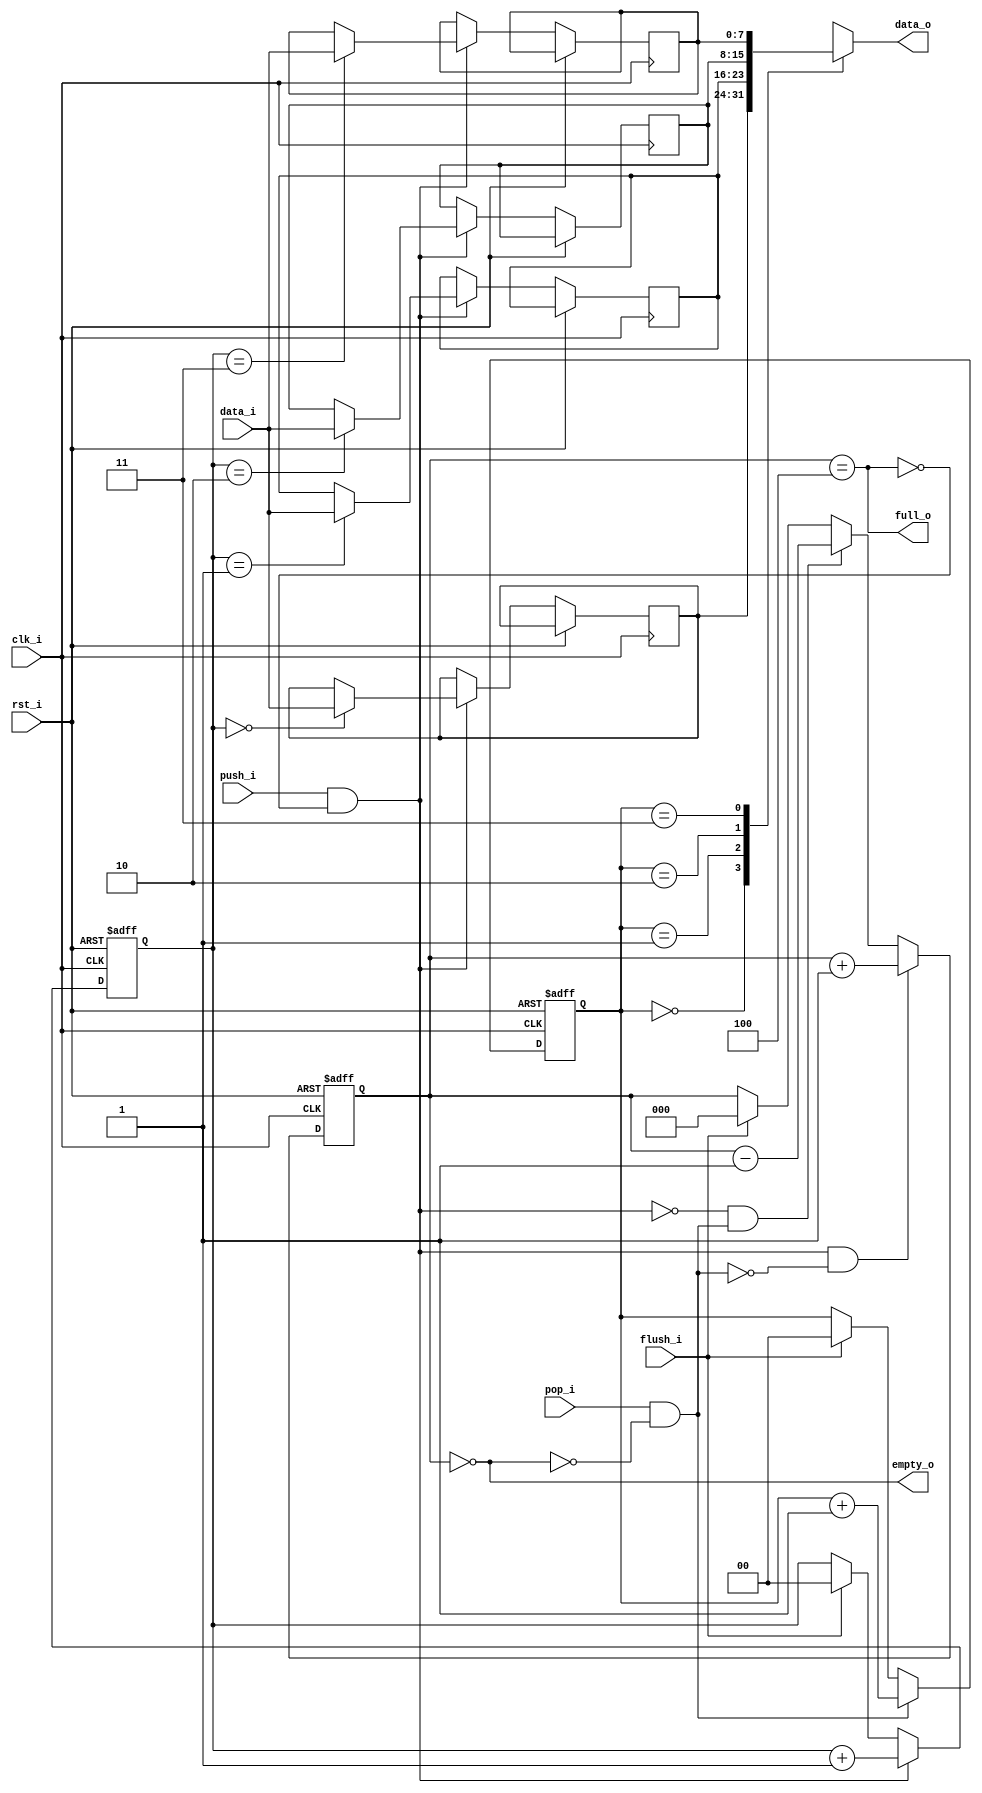
//-----------------------------------------------------------------
//                       USB Device Core
//                           V0.1
//                     Ultra-Embedded.com
//                       Copyright 2014
//
//
//                       License: LGPL
//-----------------------------------------------------------------
//
// Copyright (C) 2013 - 2014 Ultra-Embedded.com
//
// This source file may be used and distributed without         
// restriction provided that this copyright statement is not    
// removed from the file and that any derivative work contains  
// the original copyright notice and the associated disclaimer. 
//
// This source file is free software; you can redistribute it   
// and/or modify it under the terms of the GNU Lesser General   
// Public License as published by the Free Software Foundation; 
// either version 2.1 of the License, or (at your option) any   
// later version.
//
// This source is distributed in the hope that it will be       
// useful, but WITHOUT ANY WARRANTY; without even the implied   
// warranty of MERCHANTABILITY or FITNESS FOR A PARTICULAR      
// PURPOSE.  See the GNU Lesser General Public License for more 
// details.
//
// You should have received a copy of the GNU Lesser General    
// Public License along with this source; if not, write to the 
// Free Software Foundation, Inc., 59 Temple Place, Suite 330, 
// Boston, MA  02111-1307  USA
//-----------------------------------------------------------------

//-----------------------------------------------------------------
// Module: USB FIFO - simple FIFO
//-----------------------------------------------------------------
module usbf_fifo
(
    clk_i,
    rst_i,

    data_i,
    push_i,

    full_o,
    empty_o,

    data_o,
    pop_i,

    flush_i
);

//-----------------------------------------------------------------
// Params
//-----------------------------------------------------------------
parameter               WIDTH   = 8;
parameter               DEPTH   = 4;
parameter               ADDR_W  = 2;
parameter               COUNT_W = ADDR_W + 1;

//-----------------------------------------------------------------
// I/O
//-----------------------------------------------------------------
input                   clk_i /*verilator public*/;
input                   rst_i /*verilator public*/;
input [WIDTH-1:0]       data_i /*verilator public*/;
input                   push_i /*verilator public*/;
output                  full_o /*verilator public*/;
output                  empty_o /*verilator public*/;
output [WIDTH-1:0]      data_o /*verilator public*/;
input                   pop_i /*verilator public*/;
input                   flush_i /*verilator public*/;

//-----------------------------------------------------------------
// Registers
//-----------------------------------------------------------------
reg [WIDTH-1:0]         ram [DEPTH-1:0];
reg [ADDR_W-1:0]        rd_ptr;
reg [ADDR_W-1:0]        wr_ptr;
reg [COUNT_W-1:0]       count;

//-----------------------------------------------------------------
// Sequential
//-----------------------------------------------------------------
always @ (posedge clk_i or posedge rst_i)
begin
    if (rst_i == 1'b1)
    begin
        count   <= {(COUNT_W) {1'b0}};
        rd_ptr  <= {(ADDR_W) {1'b0}};
        wr_ptr  <= {(ADDR_W) {1'b0}};
    end
    else
    begin

        if (flush_i)
        begin
            count   <= {(COUNT_W) {1'b0}};
            rd_ptr  <= {(ADDR_W) {1'b0}};
            wr_ptr  <= {(ADDR_W) {1'b0}};
        end

        // Push
        if (push_i & ~full_o)
        begin
            ram[wr_ptr] <= data_i;
            wr_ptr      <= wr_ptr + 1;
        end

        // Pop
        if (pop_i & ~empty_o)
        begin
            rd_ptr      <= rd_ptr + 1;
        end

        // Count up
        if ((push_i & ~full_o) & ~(pop_i & ~empty_o))
        begin
            count <= count + 1;
        end
        // Count down
        else if (~(push_i & ~full_o) & (pop_i & ~empty_o))
        begin
            count <= count - 1;
        end
    end
end

//-------------------------------------------------------------------
// Combinatorial
//-------------------------------------------------------------------
assign full_o    = (count == DEPTH);
assign empty_o   = (count == 0);

assign data_o    = ram[rd_ptr];

endmodule